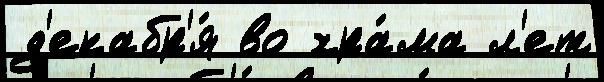
д'екабр'я́ во хра́ма л'ет